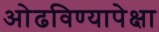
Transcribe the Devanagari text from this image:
ओढविण्यापेक्षा